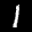
Digit: 1